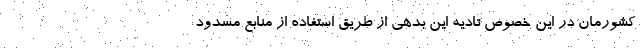
کشورمان در این خصوص تادیه این بدهی از طریق استفاده از منابع مسدود